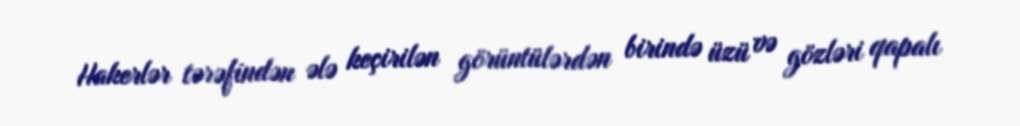
Hakerlər tərəfindən ələ keçirilən görüntülərdən birində üzü və gözləri qapalı